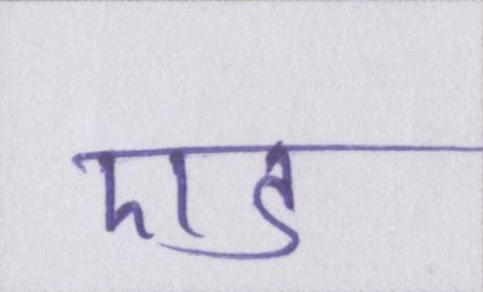
एड